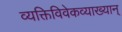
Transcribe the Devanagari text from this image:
व्यक्तिविवेकव्याख्यान्‌